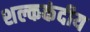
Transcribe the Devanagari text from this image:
शल्ककंदीय